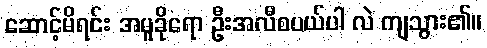
ဆောင့်မိရင်း အမူခိုရော ဦးအလီစပယ်ပါ လဲ ကျသွား၏။